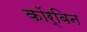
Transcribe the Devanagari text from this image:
कॉर्बिन